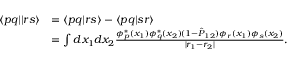
\begin{array} { r l } { \langle p q | | r s \rangle } & { = \langle p q | r s \rangle - \langle p q | s r \rangle } \\ & { = \int d x _ { 1 } d x _ { 2 } \frac { \phi _ { p } ^ { * } ( x _ { 1 } ) \phi _ { q } ^ { * } ( x _ { 2 } ) ( 1 - \hat { P } _ { 1 2 } ) \phi _ { r } ( x _ { 1 } ) \phi _ { s } ( x _ { 2 } ) } { | r _ { 1 } - r _ { 2 } | } . } \end{array}